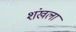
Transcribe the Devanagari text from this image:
शंखला